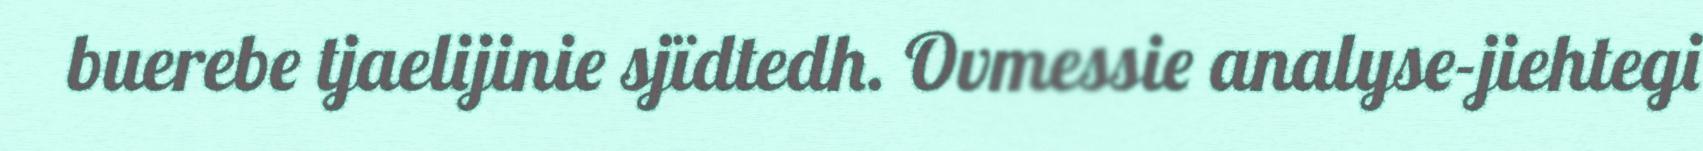
buerebe tjaelijinie sjïdtedh. Ovmessie analyse-jiehtegi